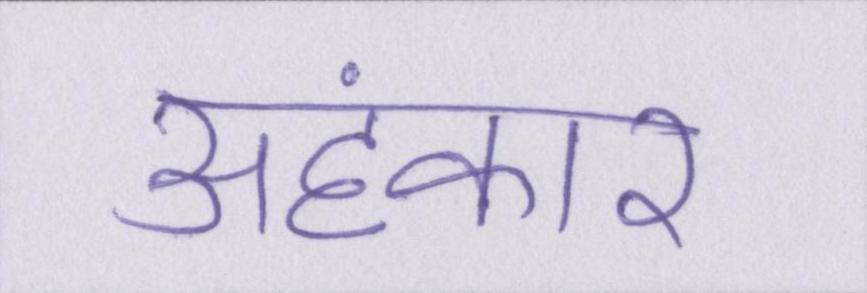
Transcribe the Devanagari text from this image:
अहंकार